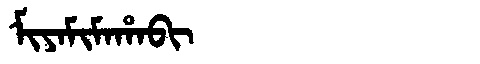
Manchu: ᠮᡳᠶᠠᠮᡳᠮᠠᡥᠠᠪᡳ
Romanization: MIYAMIMAHABI